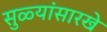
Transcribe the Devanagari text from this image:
सुळ्यांसारखे